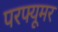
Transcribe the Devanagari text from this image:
परफ्यूमर